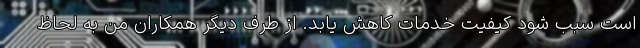
است سبب شود کیفیت خدمات کاهش یابد. از طرف دیگر همکاران من به لحاظ